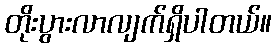
တိုးပွားလာလျက်ရှိပါတယ်။